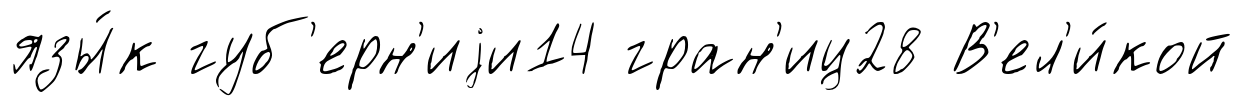
язы́к губ'ерн'иjи14 гран'иц28 В'ел'и́кой